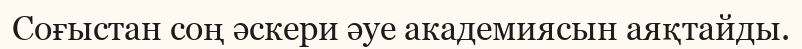
Соғыстан соң әскери әуе академиясын аяқтайды.